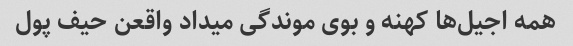
همه اجیل‌ها کهنه و بوی موندگی میداد واقعن حیف پول